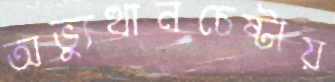
অভ্যুত্থানচেষ্টায়